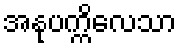
အနုပက္ကိလေသာ